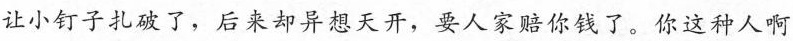
让小钉子扎破了，后来却异想天开，要人家赔你钱了。你这种人啊